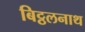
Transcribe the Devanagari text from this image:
बिट्ठलनाथ